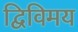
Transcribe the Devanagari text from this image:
द्विविमय